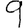
Digit: 9